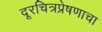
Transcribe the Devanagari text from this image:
दूरचित्रप्रेषणाचा